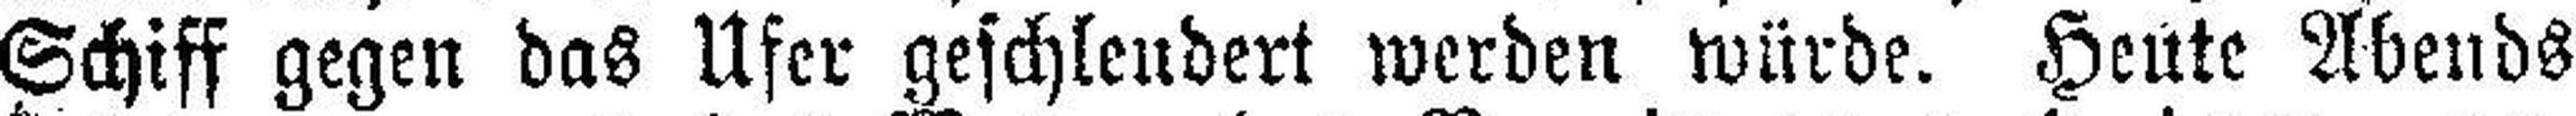
Schiff gegen das Ufer geschleudert werden würde. Heute Abends